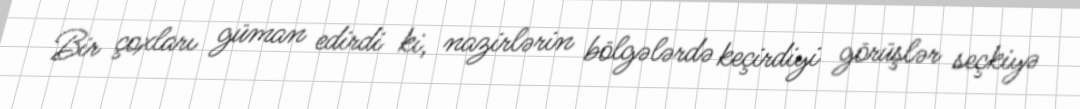
Bir çoxları güman edirdi ki, nazirlərin bölgələrdə keçirdiyi görüşlər seçkiyə